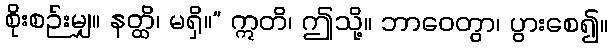
စိုးစဉ်းမျှ။ နတ္ထိ၊ မရှိ။” ဣတိ၊ ဤသို့။ ဘာဝေတွာ၊ ပွားစေ၍။